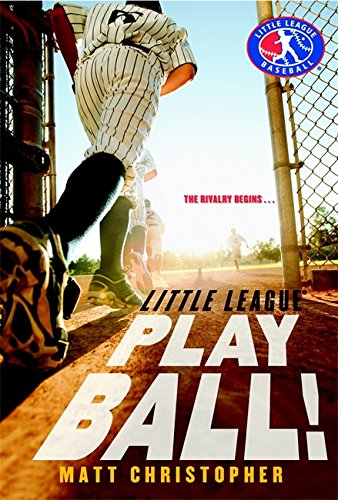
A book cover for Play Ball! (Little League); Matt Christopher; Children's Books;